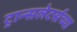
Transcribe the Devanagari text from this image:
ट्रान्सलेटर्सच्या